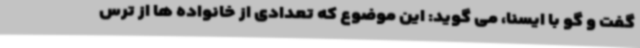
گفت و گو با ایسنا، می گوید: این موضوع که تعدادی از خانواده ها از ترس